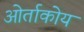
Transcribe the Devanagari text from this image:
ओर्ताकोय